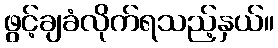
ဖွင့်ချခံလိုက်ရသည့်နှယ်။